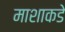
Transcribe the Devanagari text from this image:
माशाकडे